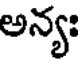
అన్యః